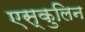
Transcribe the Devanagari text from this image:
एस्कुलिन